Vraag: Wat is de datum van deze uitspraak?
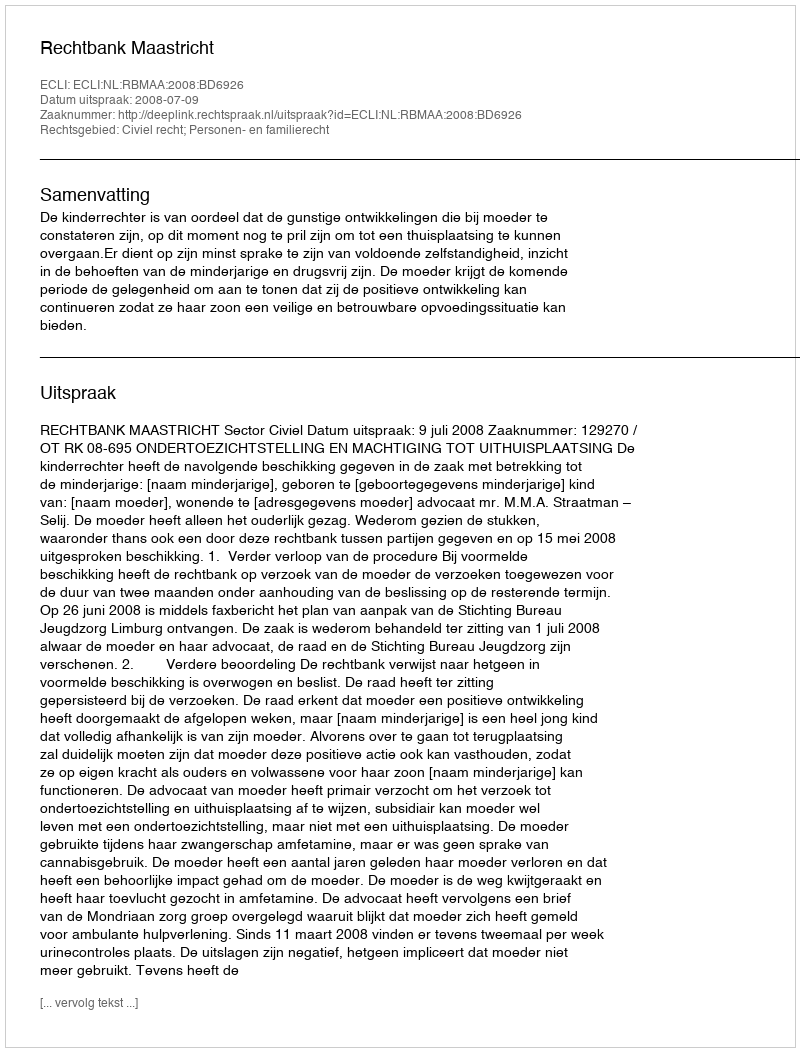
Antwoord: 2008-07-09